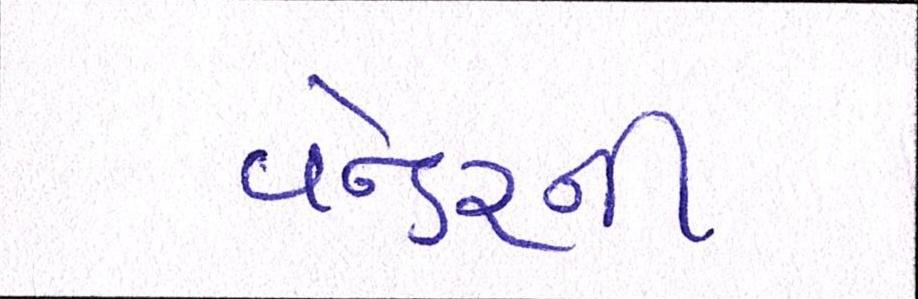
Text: વેન્ડરની